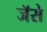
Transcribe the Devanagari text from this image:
जॅसे